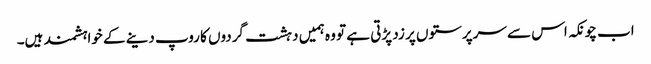
اب چونکہ اس سے سرپرستوں پر زد پڑتی ہے تو وہ ہمیں دہشت گردوں کا روپ دینے کے خواہشمند ہیں۔